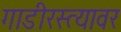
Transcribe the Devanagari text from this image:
गाडीरस्त्यावर